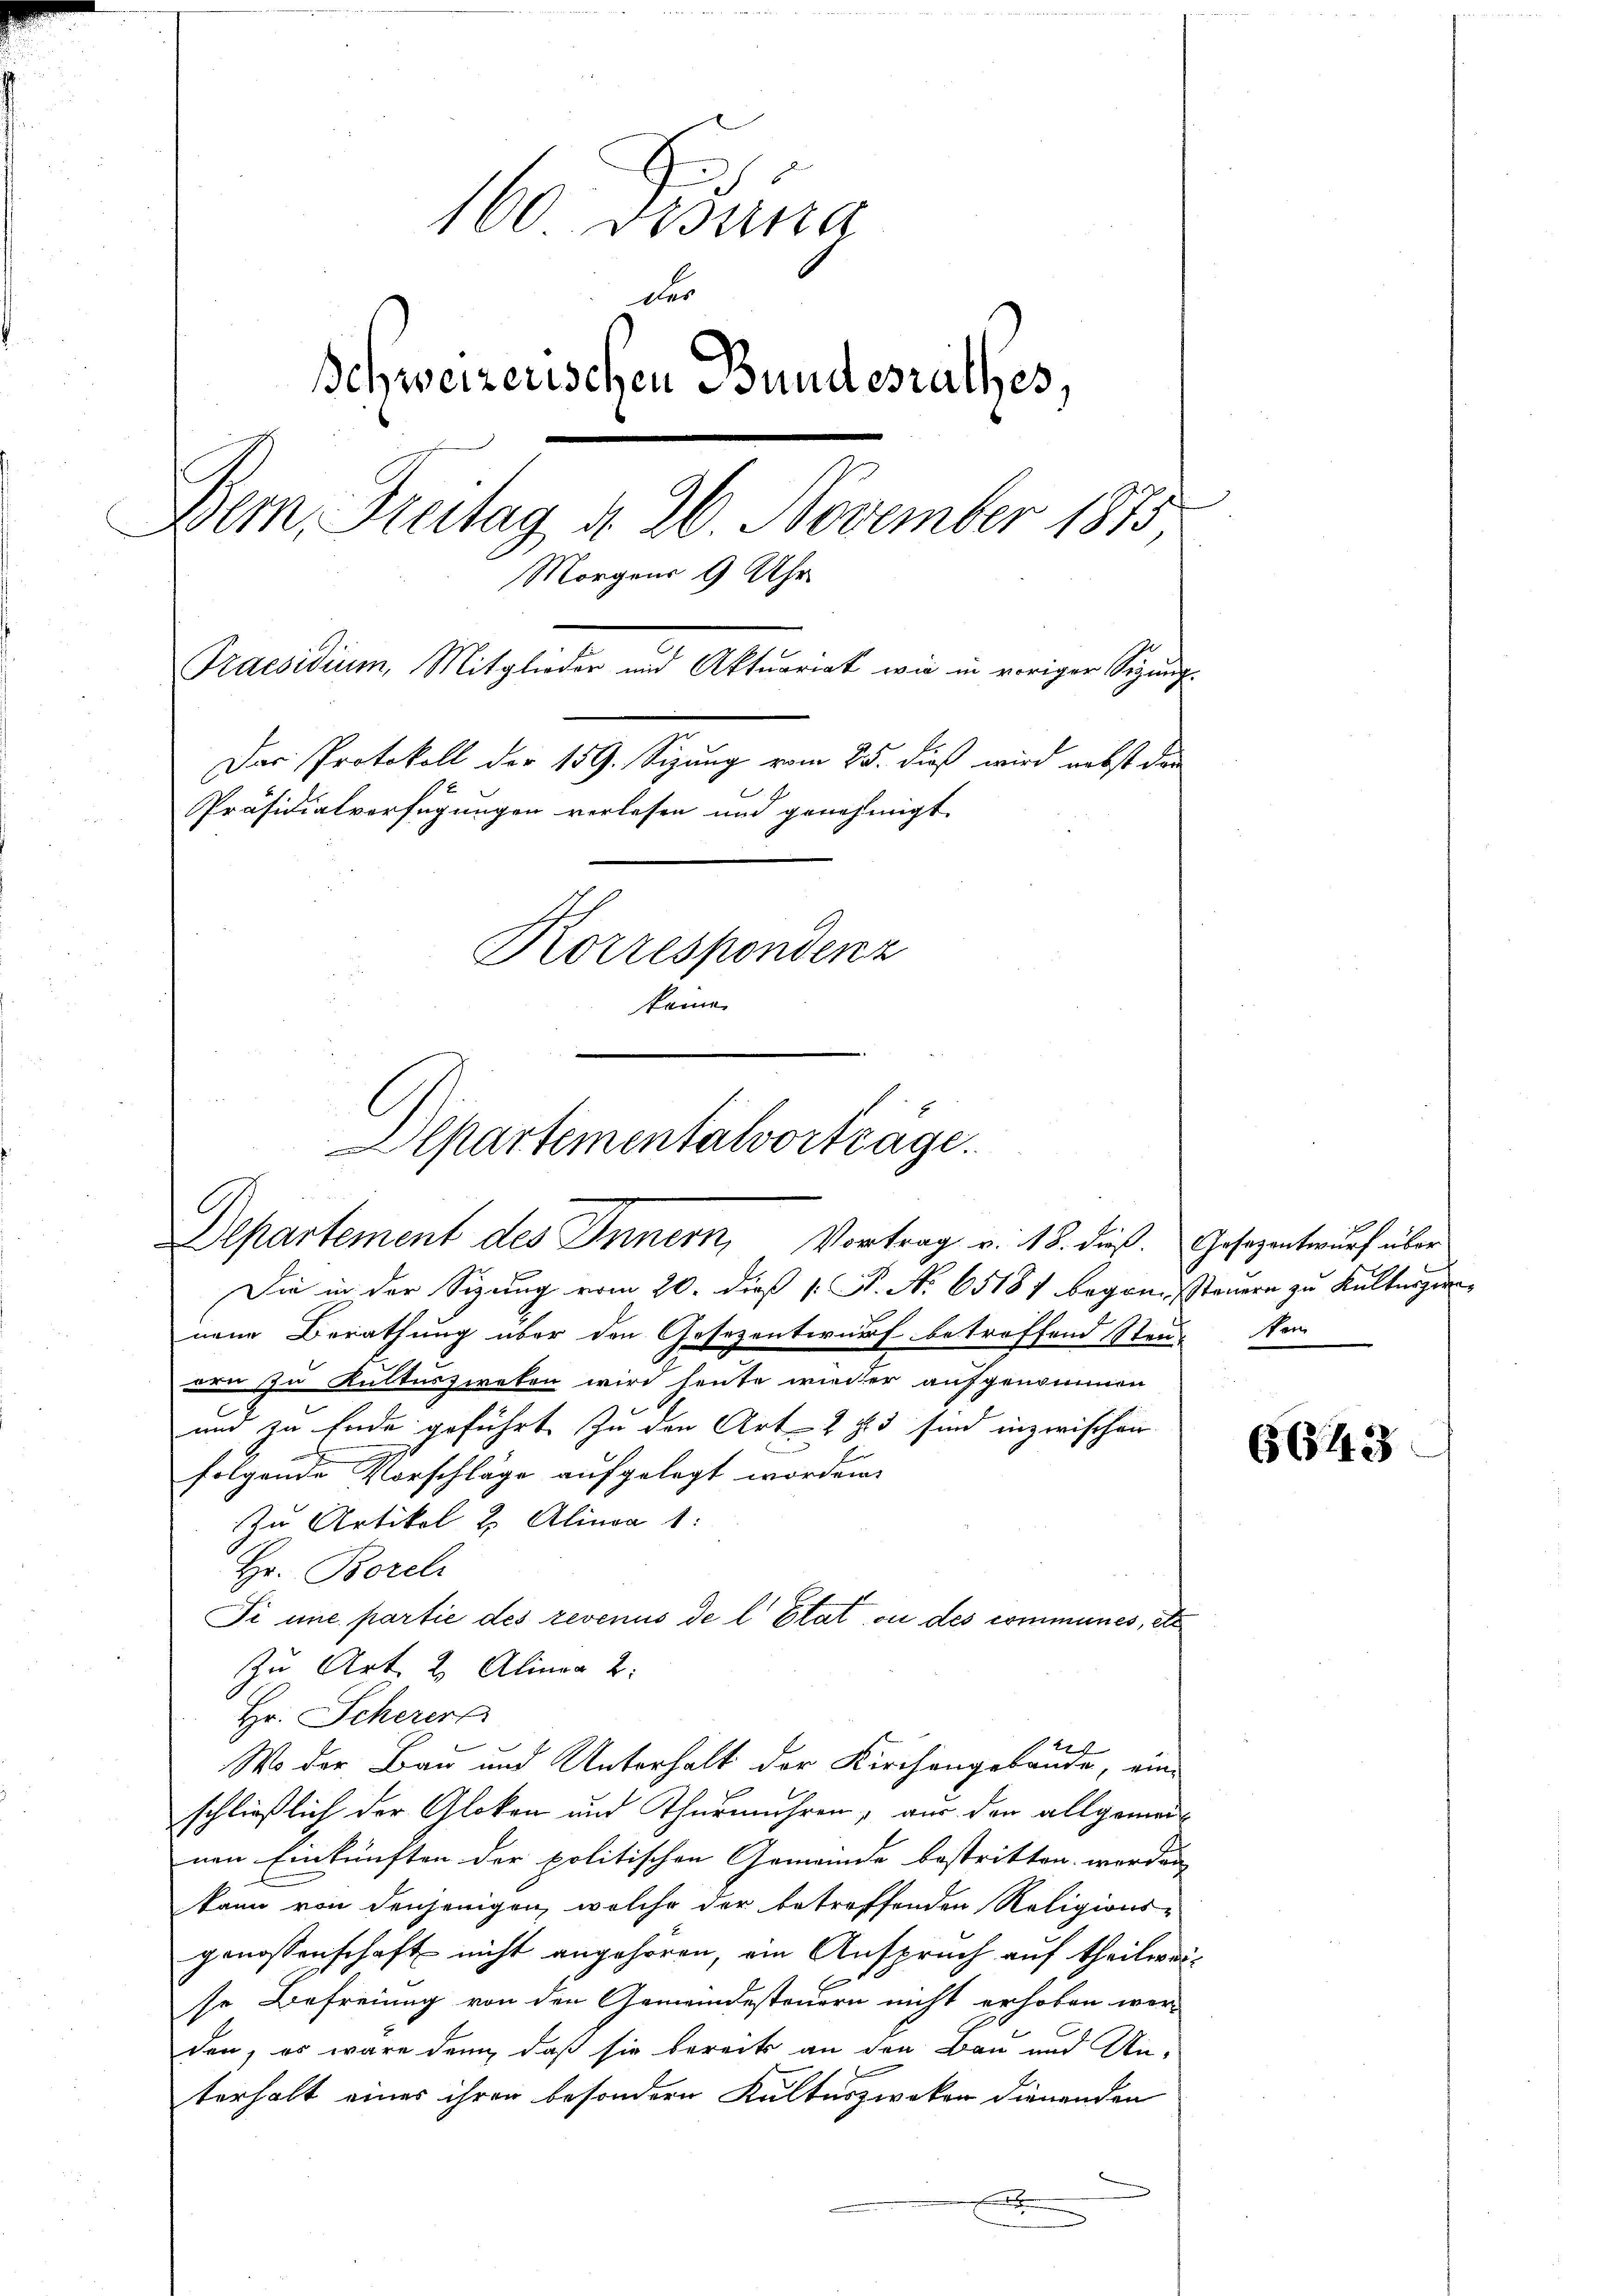
160 Tibuna
der
Schweizerischen Bundesrathes,
Dem Breitag d. 26. November 1875
Morgens 9 Uhr
Praesidium, Mitglieder und Aktuariat wie in voriger Sigung
Das Protokoll der 159. Sizung vom 25. dieß wird nebst dan
Präsidialverfügungen verlesen und genehmigt.
Korrespondenz
kame

Departementalvorträge.
i
Departement des Innern, Vortrag v. 18. dieß. Gesezentwurf über

Wo der Bau und Unterhalt der Kirchengebäude, eine

Die in der Sizung vom 20. dieß P. F. No 65181 begangssteuern zu Kulturger
nen Berathung über den Gesezentwurf betreffend Steur Nei
uud in Kulturzweken wird heute wieder aufgenommen
und zu Ende geführt zu den Art. 2 S. 3 sind inzwischen
folgende Vorschläge aufgelegt worden.
In Artikel u. Alinea 1:
Hr. Borel
Si une partie des revenus de l’Etat ou des communes, etc
Zu Art. 2. Alinea 2:
Hr. Scherer
schließlich der Gloken und Thurmuhren, aus den allgemein
nen Einkünften der politischen Gemeinde bestritten werden
kann von denjenigen, welche der betreffenden Religions-
genossenschaft nicht angehören, ein Anspruch auf theilweise Befreiung von den Gemeindesteuern nicht erhoben wor-
den, es wäre denn, daß sie bereits an den Bau und Unterhalt eines ihren besondern Kulturzweker dienenden
.

6643